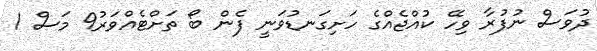
ދުވަސް ނުފުރާ ވިހޭ ކުއްޖެއްގެ ހަށިގަނޑުވަނީ ފެން ބޯ ތަށްޓެއްވަރު9 މަސް 1